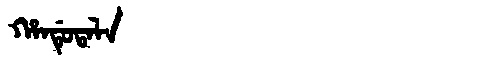
Manchu: ᡥᠠᠨᡩᡠᡨᠠᠯᠠ
Romanization: HANDUTALA